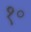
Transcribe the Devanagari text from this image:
१॰